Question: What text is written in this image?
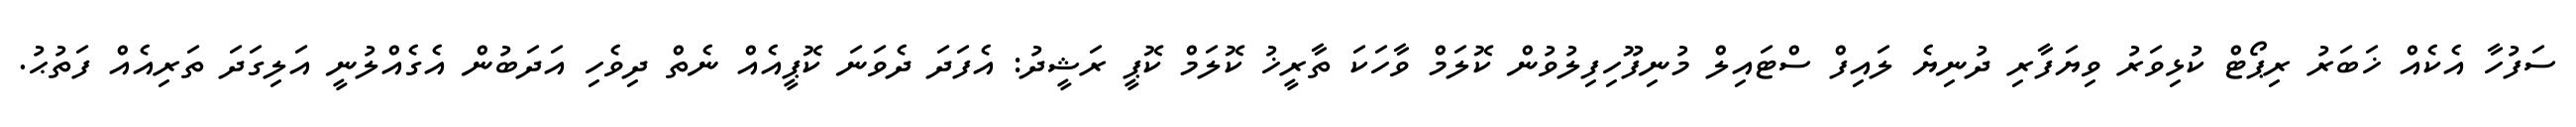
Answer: ސަފުހާ އެކެއް ޚަބަރު ރިޕޯޓް ކުޅިވަރު ވިޔަފާރި ދުނިޔެ ލައިފް ސްޓައިލް މުނިފޫހިފިލުވުން ކޮލަމް ވާހަކަ ތާރީޚު ކޮލަމް ކޮޕީ ރަޝީދު: އެފަދަ ދެވަނަ ކޮޕީއެއް ނެތް ދިވެހި އަދަބުން އެގެއްލުނީ އަލިގަދަ ތަރިއެއް ފަތުޙު.